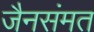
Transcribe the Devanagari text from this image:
जैनसंमत